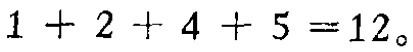
\(1 + 2 + 4 + 5 = 12\)。